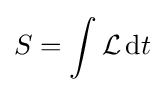
S=\int {\mathcal {L}}\,\mathrm {d} t